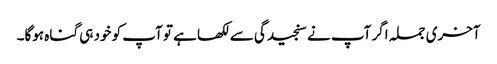
آخری جملہ اگر آپ نے سنجیدگی سے لکھا ہے تو آپ کو خود ہی گناہ ہوگا۔